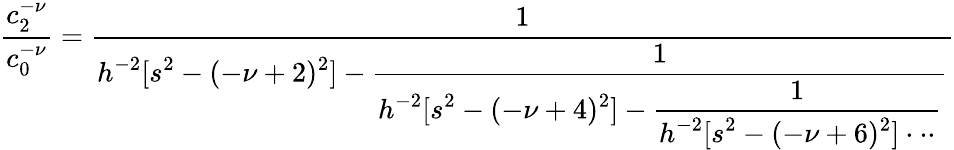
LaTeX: \frac{c_{2}^{-\nu}}{c_{0}^{-\nu}}=\frac{1}{\displaystyle h^{-2}[s^{2}-(-\nu+2)^{2}]-\frac{1}{\displaystyle h^{-2}[s^{2}-(-\nu+4)^{2}]-\frac{1}{\displaystyle h^{-2}[s^{2}-(-\nu+6)^{2}]\cdot\cdot\cdot}}}